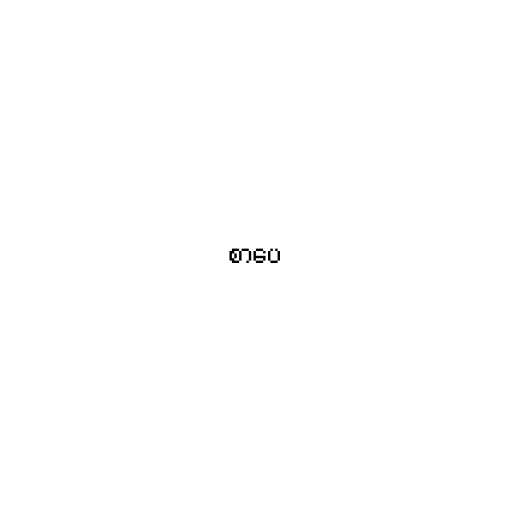
စာပေ